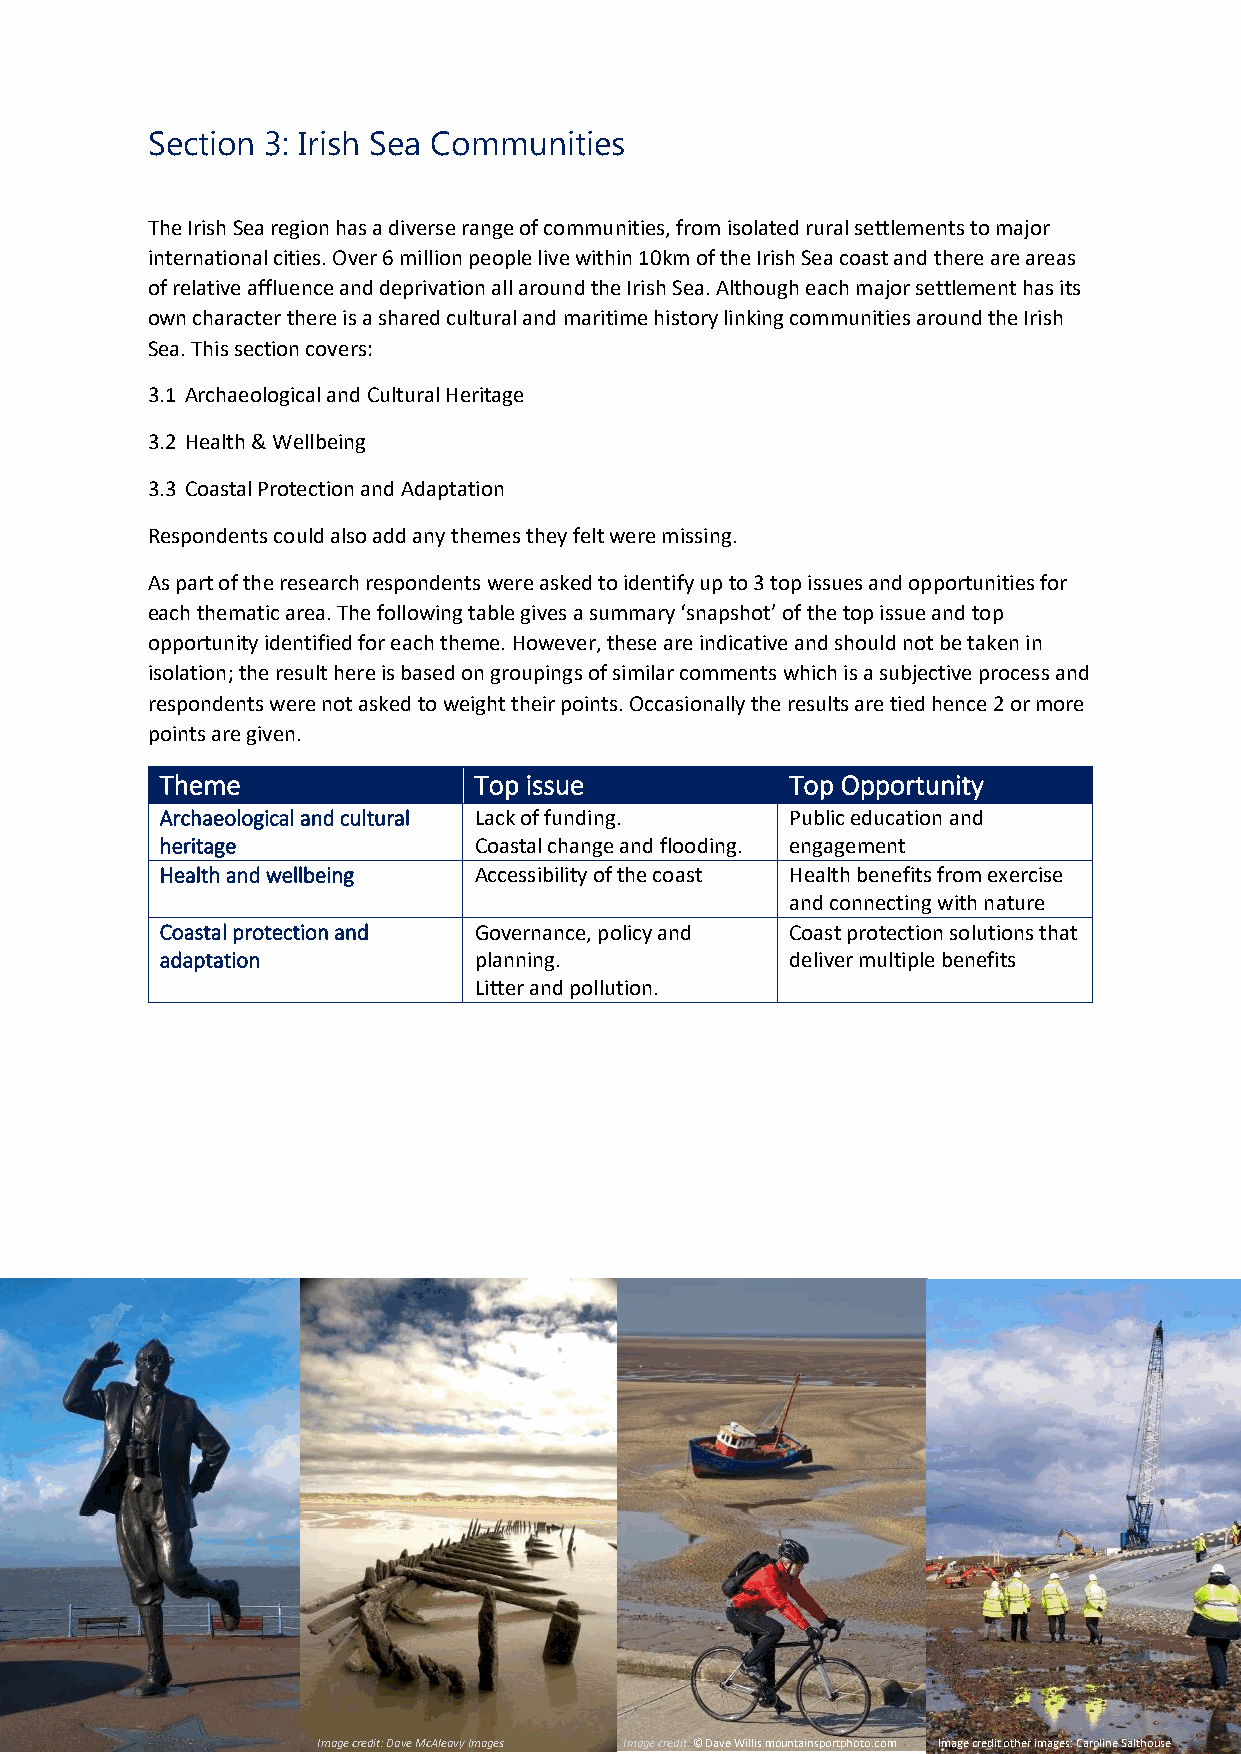
Section 3: Irish Sea Communities
 The Irish Sea region has a diverse range of communities, from isolated rural settlements to major
 international cities. Over 6 million people live within 10km of the Irish Sea coast and there are areas
 of relative affluence and deprivation all around the Irish Sea. Although each major settlement has its
 own character there is a shared cultural and maritime history linking communities around the Irish
 Sea. This section covers:
 3.1 Archaeological and Cultural Heritage
 3.2 Health & Wellbeing
 3.3 Coastal Protection and Adaptation
 Respondents could also add any themes they felt were missing.
 As part of the research respondents were asked to identify up to 3 top issues and opportunities for
 each thematic area. The following table gives a summary ‘snapshot’ of the top issue and top
 opportunity identified for each theme. However, these are indicative and should not be taken in
 isolation; the result here is based on groupings of similar comments which is a subjective process and
 respondents were not asked to weight their points. Occasionally the results are tied hence 2 or more
 points are given.
 Theme               Top issue            Top Opportunity
 Archaeological and cultural Lack of funding. Public education and
 heritage            Coastal change and flooding. engagement
 Health and wellbeing Accessibility of the coast Health benefits from exercise
 and connecting with nature
 Coastal protection and Governance, policy and Coast protection solutions that
 adaptation          planning.            deliver multiple benefits
 Litter and pollution.
 Image credit: Dave McAleavy Images Image credit: © Dave Willis mountainsportphoto.com Image credit other images: Caroline Salthouse